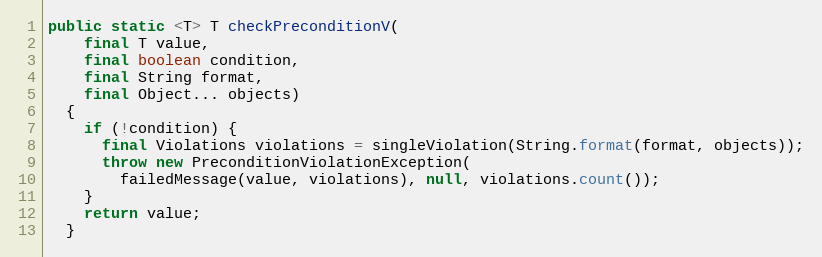
Language: Java
public static <T> T checkPreconditionV(
    final T value,
    final boolean condition,
    final String format,
    final Object... objects)
  {
    if (!condition) {
      final Violations violations = singleViolation(String.format(format, objects));
      throw new PreconditionViolationException(
        failedMessage(value, violations), null, violations.count());
    }
    return value;
  }